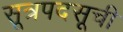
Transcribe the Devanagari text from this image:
सूत्रपदसूची